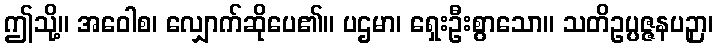
ဤသို့။ အဝေါစ၊ လျှောက်ဆိုပေ၏။ ပဌမာ၊ ရှေးဦးစွာသော။ သတိဥပ္ပဇ္ဇနပဉှာ၊